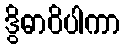
ဒွိဓာဝိပါကာ